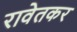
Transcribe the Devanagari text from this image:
रावेतकर